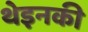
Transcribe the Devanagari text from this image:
थेइनकी